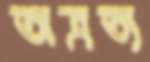
অত্রত্য